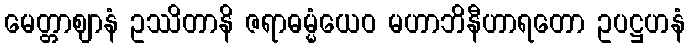
မေတ္တာဈာနံ ဥဿိတာနိ ဇရာဓမ္မံယေဝ မဟာဘိနီဟာရတော ဥပဋ္ဌဟနံ